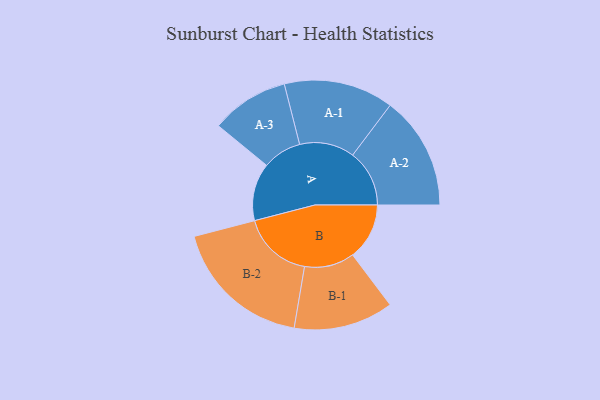
{"axis": {"x": "Segment", "y": "Value"}, "legend": ["", "A", "B"], "data": [{"x": "A", "y": 185, "type": ""}, {"x": "B", "y": 182, "type": ""}, {"x": "A-1", "y": 176, "type": "A"}, {"x": "A-2", "y": 182, "type": "A"}, {"x": "A-3", "y": 125, "type": "A"}, {"x": "B-1", "y": 160, "type": "B"}, {"x": "B-2", "y": 226, "type": "B"}]}